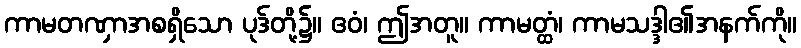
ကာမတဏှာအစရှိသော ပုဒ်တို့၌။ ဧဝံ၊ ဤအတူ။ ကာမတ္ထံ၊ ကာမသဒ္ဒါ၏အနက်ကို။